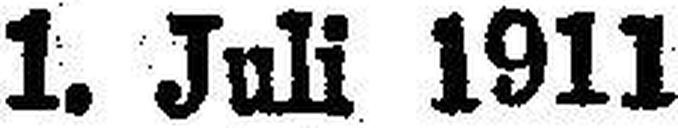
1. Juli 1911